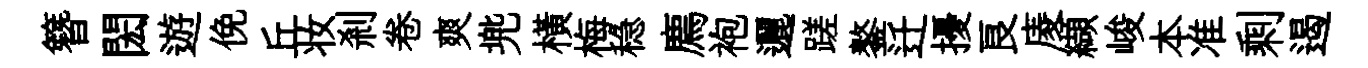
簪閎遊俛丘妆剎卷爽兠橫梅稳廌袍邐蹉鏊迁擾良庱纈峻本准剩遏